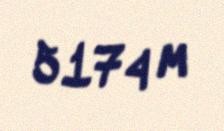
5174 m